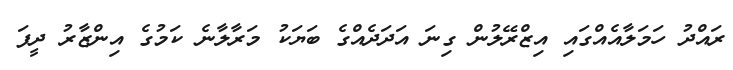
ރައްދު ހަމަލާއެއްގައި އިޒްރޭލުން ގިނަ އަދަދެއްގެ ބަޔަކު މަރާލާނެ ކަމުގެ އިންޒާރު ދީފަ